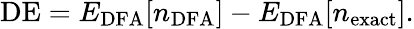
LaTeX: \mathrm{DE}=E_{\mathrm{DFA}}[n_{\mathrm{DFA}}]-E_{\mathrm{DFA}}[n_{\mathrm{exact}}].